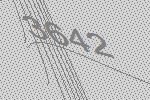
3642